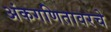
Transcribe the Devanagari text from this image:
अंकगणितावरचे